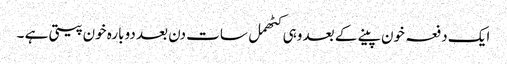
ایک دفعہ خون پینے کے بعد وہی کٹھمل سات دن بعد دوبارہ خون پیتی ہے ۔